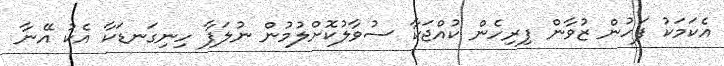
އެކަމަކު ފަހުން ޒުވާން ފިރިހެން ކުއްޖަކާ ސުވާލުކޮށްލުމުން ނުލަފާ ހިނިގަނޑަކާ އެކު އޭނާ